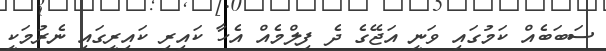
ސަބަބެއް ކަމުގައި ވަނީ އަޖޭގެ ދެ ފިލްމެއް އެހާ ކައިރި ކައިރީގައި ނެރުމަކީ